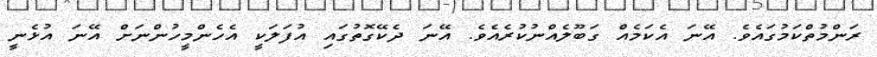
ރަންމުތްކަމުގައެވެ. އޭނަ އެކަމެއް ގަބޫލެއްނުކުރެއެވެ. އޭނަ ދެކޭގޮތުގައި އުފަލަކީ އެހެންމީހުންނަށް އޭނަ އުޅެނީ